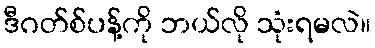
ဒီဂတ်စ်ပန့်ကို ဘယ်လို သုံးရမလဲ။